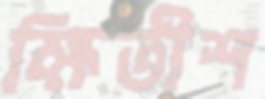
ক্ষিতীশ